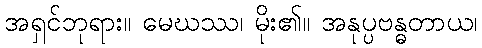
အရှင်ဘုရား။ မေဃဿ၊ မိုး၏။ အနုပ္ပဗန္ဓတာယ၊